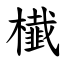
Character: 㰇